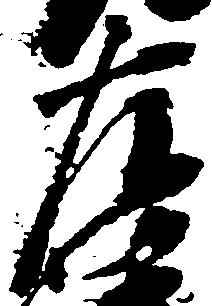
左